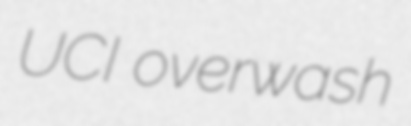
UCI overwash